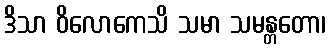
ဒိသာ ဝိလောကေသိ သမာ သမန္တတော၊